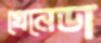
গ্রেনেডা